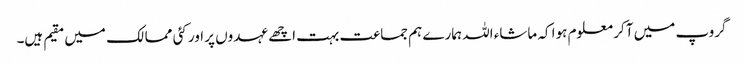
گروپ میں آ کر معلوم ہوا کہ ماشاء اللہ ہمارے ہم جماعت بہت اچھے عہدوں پر اور کئی ممالک میں مقیم ہیں۔